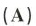
(A)